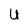
Character: U